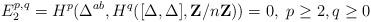
LaTeX: \begin{align*} E_2^{p,q}= H^p(\Delta^{ab}, H^q([\Delta,\Delta], \mathbf Z/n\mathbf Z))=0,\ p\geq 2,q\geq 0\end{align*}